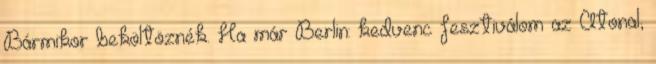
Bármikor beköltöznék. Ha már Berlin: kedvenc fesztiválom az Atonal,